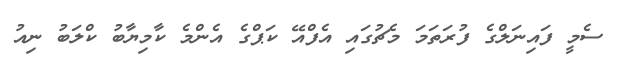
ސެމީ ފައިނަލްގެ ފުރަތަމަ މެޗުގައި އެފްއޭ ކަޕްގެ އެންމެ ކާމިޔާބު ކްލަބު ނިއު